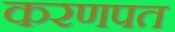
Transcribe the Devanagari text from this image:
करणपत